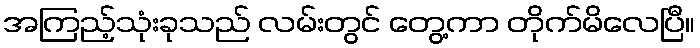
အကြည့်သုံးခုသည် လမ်းတွင် တွေ့ကာ တိုက်မိလေပြီ။